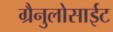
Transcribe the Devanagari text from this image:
ग्रैनुलोसाईट